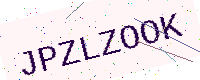
Text: JPZLZOOK